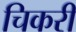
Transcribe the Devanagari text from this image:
चिकरी